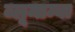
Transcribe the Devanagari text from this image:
ब्लूमाम्बा